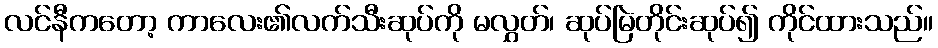
လင်နီကတော့ ကာလေး၏လက်သီးဆုပ်ကို မလွှတ်၊ ဆုပ်မြဲတိုင်းဆုပ်၍ ကိုင်ထားသည်။